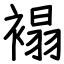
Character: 褟